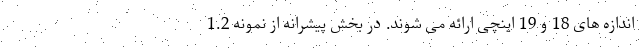
اندازه های 18 و 19 اینچی ارائه می شوند. در بخش پیشرانه از نمونه 1.2